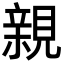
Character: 親